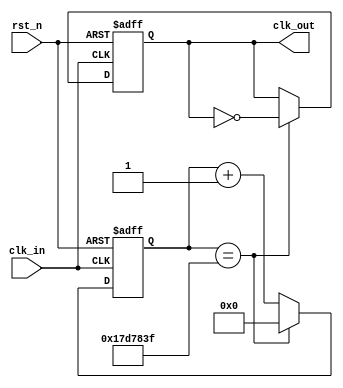
module clock_divider(
    input clk_in,  // Input clock, assumed to be 50MHz based on the context
    input rst_n,   // Asynchronous reset, active low
    output reg clk_out = 0);  // Output clock, initialized to 0, target is 1Hz after division
// Parameter for defining the division factor. Set to 25,000,000 for a 50MHz clock to achieve 1Hz.
parameter DIVIDE_BY = 25000000; // Division factor to toggle the output clock
// Define a 25-bit counter to count up to 25,000,000
reg [24:0] counter = 0; // Counter variable to store intermediate counts
// Always block triggered on the rising edge of clk_in or the falling edge of rst_n
always @(posedge clk_in or posedge rst_n) begin
    if (rst_n) begin // If reset is active (low)
        counter <= 0;      // Reset the counter to 0
        clk_out <= 0;      // Reset the output clock to 0
    end else begin
        if (counter == DIVIDE_BY-1) begin // If counter reaches the division value minus 1
            counter <= 0;                 // Reset the counter
            clk_out <= ~clk_out;         // Toggle the output clock
        end else begin
            counter <= counter + 1;      // Increment the counter
        end
    end
end
endmodule